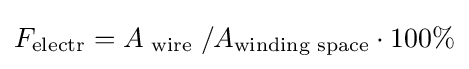
F_{\text{electr}}=A_{\text{ wire }}/A_{\text{winding space}}\cdot 100\%